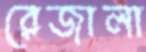
রেজালা